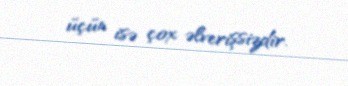
üçün isə çox əlverişsizdir.